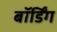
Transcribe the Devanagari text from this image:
बॉर्डिंग